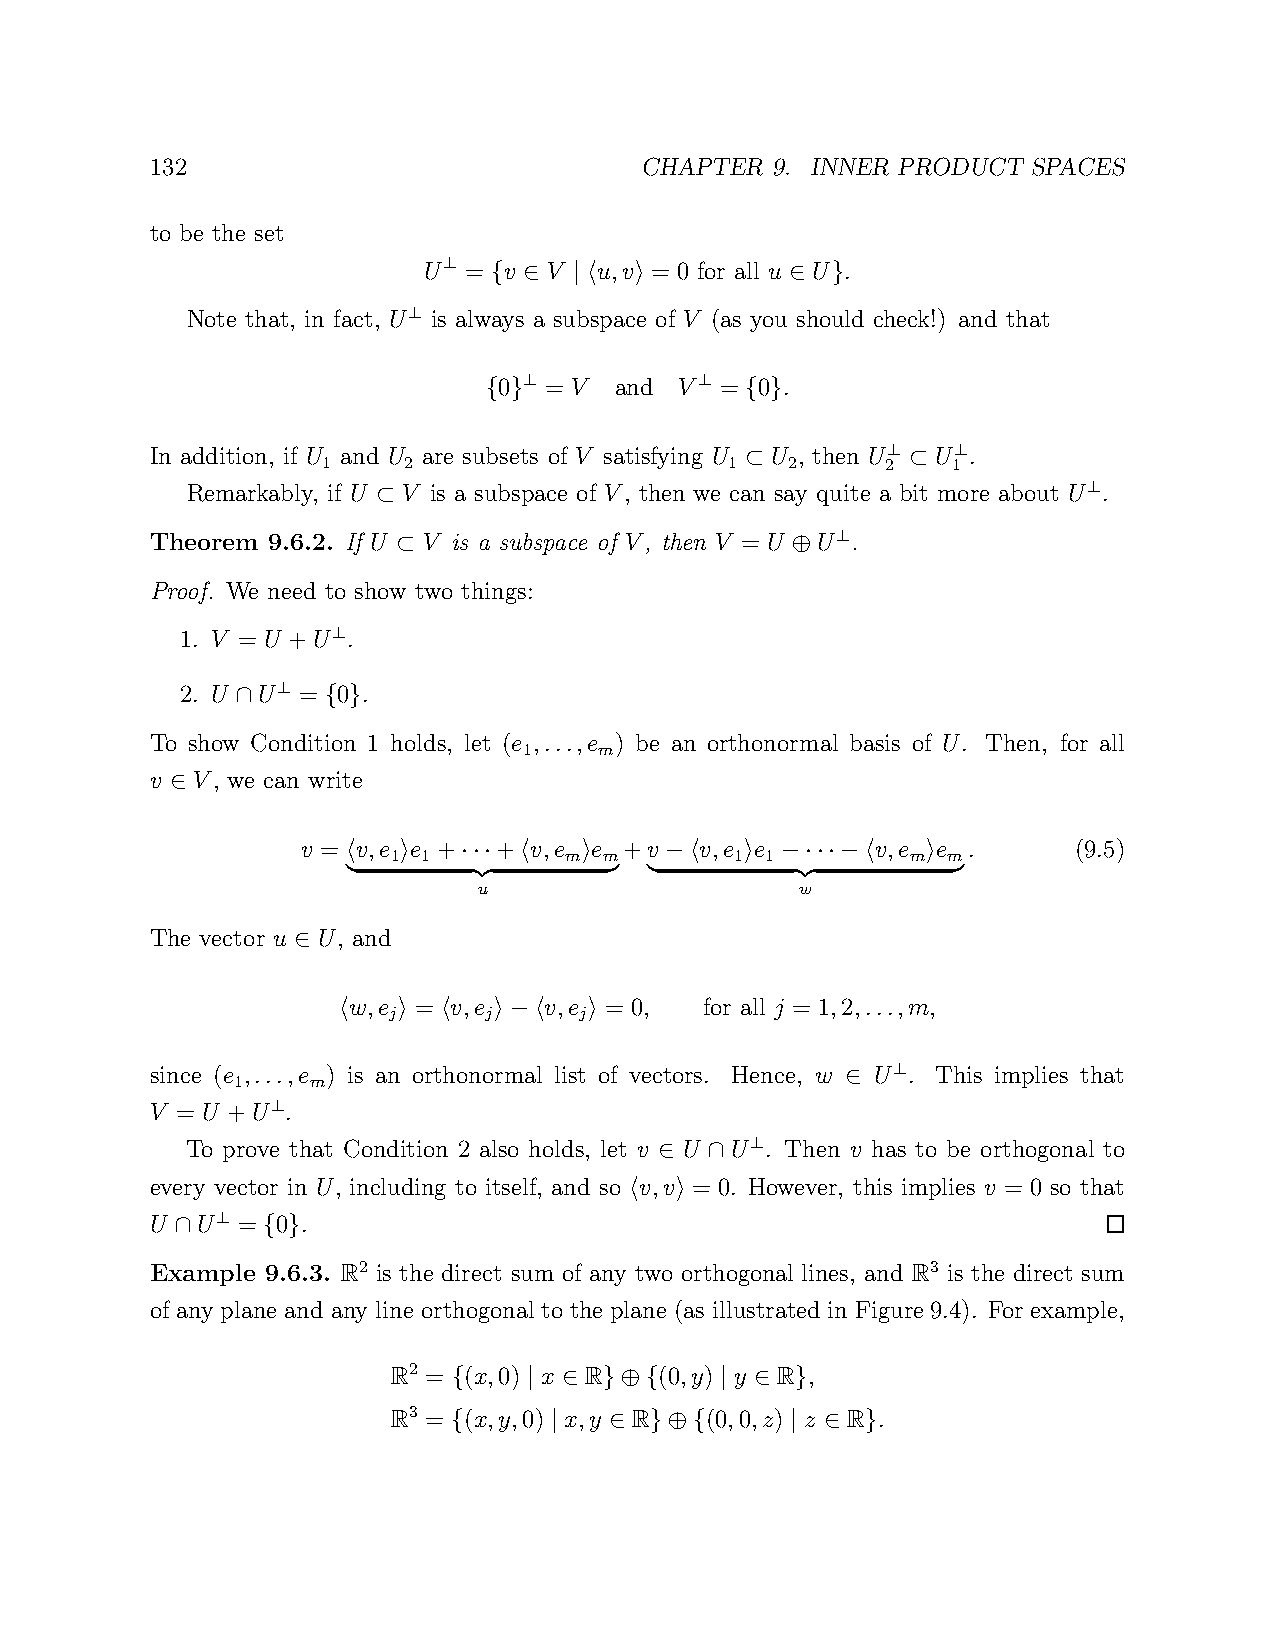
132                             CHAPTER  9. INNER PRODUCT SPACES
 to be the set
 U  = v  V   u,v = 0 for all u U .
 ⊥
 { ∈  | h i         ∈  }
 Note that, in fact, U is always a subspace of V (as you should check!) and that
 ⊥
 0  = V  and V  = 0 .
 ⊥          ⊥
 { }              { }
 In addition, if U and U are subsets of V satisfying U U , then U U .
 1     2                    1
 ⊂
 2      2⊥
 ⊂
 1⊥
 Remarkably, if U V is a subspace of V, then we can say quite a bit more about U .
 ⊥
 ⊂
 Theorem 9.6.2. If U V is a subspace of V, then V = U U .
 ⊥
 ⊂                         ⊕
 Proof. We need to show two things:
 1. V = U +U .
 ⊥
 2. U U  = 0 .
 ⊥
 ∩    { }
 To show Condition 1 holds, let (e ,...,e ) be an orthonormal basis of U. Then, for all
 1    m
 v  V, we can write
 ∈
 v = v,e e +  + v,e e +v   v,e e       v,e e .      (9.5)
 1 1        m  m        1 1        m  m
 h  i    ··· h  i     −h   i  −···−h   i
 u                    w
 |       {z       }  |         {z        }
 The vector u U, and
 ∈
 w,e =  v,e   v,e = 0,   for all j = 1,2,...,m,
 j     j     j
 h   i  h   i−h   i
 since (e ,...,e ) is an orthonormal list of vectors. Hence, w U . This implies that
 1    m                                      ⊥
 ∈
 V = U +U .
 ⊥
 To prove that Condition 2 also holds, let v U U . Then v has to be orthogonal to
 ⊥
 ∈  ∩
 every vector in U, including to itself, and so v,v = 0. However, this implies v = 0 so that
 h  i
 U  U  = 0 .
 ⊥
 ∩    { }
 Example 9.6.3. R2 is the direct sum of any two orthogonal lines, and R3 is the direct sum
 of any plane and any line orthogonal to the plane (as illustrated in Figure 9.4). For example,
 R2 = (x,0) x R    (0,y) y R ,
 {    | ∈  }⊕{     | ∈  }
 R3 = (x,y,0) x,y R   (0,0,z) z R .
 {     |   ∈  }⊕{      |  ∈ }